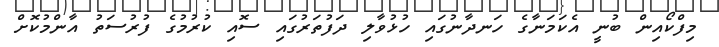
މިފްކޯއިން ބުނީ އެކަމަނާގެ ހަނދާނުގައި ހުޅުވާލި ދަފުތަރުގައި ސޮއި ކުރުމުގެ ފުރުސަތު އާންމުކޮށް